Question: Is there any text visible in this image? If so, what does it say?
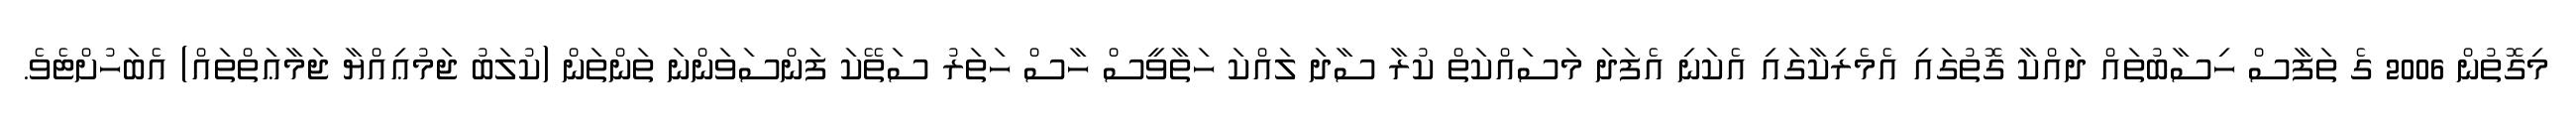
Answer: މިގޮތުން 2006 ގެ ތަފާސް ހިސާބުތައް ދައްކާ ގޮތުގައި އެމެރިކާގައި އެކަނި އެފަދަ މަސައްކަތް ކުރާ ސާދަ ލައްކަ ހަތާވީސް ހާސް ހަތަރު ސަތޭކަ ފަންސަވަންނަ ތަންތަން (ކުލަބު ޖަމުޢިއްޔާ ޖަމާޢަތްތައް) އެބަހުށްޓެވެ.